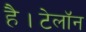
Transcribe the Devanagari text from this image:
है।टेलॉन